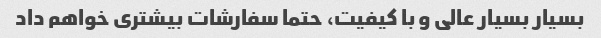
بسیار بسیار عالی و با کیفیت، حتما سفارشات بیشتری خواهم داد